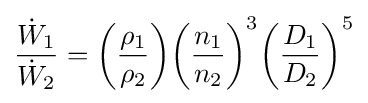
{\frac {{\dot {W}}_{1}}{{\dot {W}}_{2}}}={\bigg (}{\frac {\rho _{1}}{\rho _{2}}}{\bigg )}{\bigg (}{\frac {n_{1}}{n_{2}}}{\bigg )}^{3}{\bigg (}{\frac {D_{1}}{D_{2}}}{\bigg )}^{5}